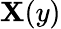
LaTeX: \mathbf{X}(y)